Vaccination North-Western Provinces and Oudh 1896-1901 - 1896-1901
Year: 1896
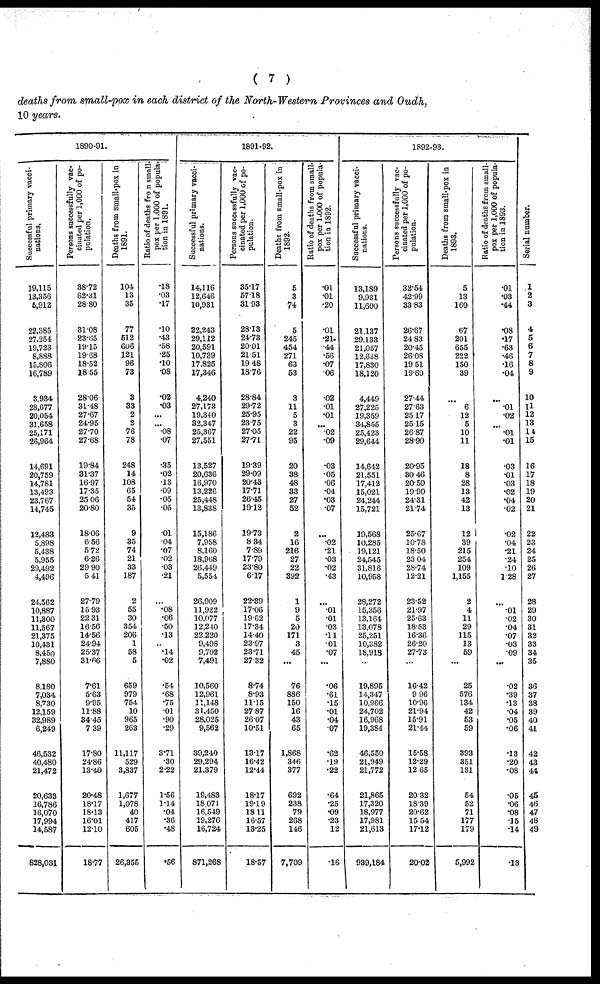
( 7 )
deaths from small-pox in each district of the North-Western Provinces and Oudh,
10 years.
1890-91.
Successful primary vacci-
nations.
19,115
13,356
5,912
22,385
27,254
19,723
8,888
15,806
16,789
3,934
28,677
20,054
31,658
25,171
26,964
14,691
20,759
14,781
13,493
23,767
14,745
12,483
5,898
5,438
5,955
29,492
4,496
24,562
10,887
11,300
11,567
21,375
10,431
8,450
7,880
8,180
7,034
8,730
12,159
32,989
6,249
46,532
40,480
21,472
20,633
16,786
16,070
17,994
14,587
828,031
Persons successfully vac-
cinated per 1,000 of po-
pulation.
38.72
62.31
28.80
31.08
23.65
19.15
19.68
18.52
18.55
28.06
31.48
27.67
24.95
27.70
27.68
19.84
31.37
16.97
17.35
25.06
20.80
18.06
6.56
5.72
6.26
29.90
5.41
27.79
15.93
22.31
16.56
14.56
24.94
25.37
31.66
7.61
5.63
9.95
11.88
34.45
7.39
17.80
24.86
13.40
20.48
18.17
18.13
16.01
12.10
18.77
Deaths from small-pox in
1891.
104
13
35
77
512
606
121
96
73
3
33
2
2
76
78
248
14
108
65
54
35
9
35
74
21
33
187
2
55
30
354
206
1
58
5
659
979
754
10
965
263
11,117
529
3,837
1,677
1,078
40
417
605
26,355
Ratio of deaths from small-
pox per 1,000 of popula-
tion in 1891.
.18
.03
.17
.10
.43
.58
.25
.10
.08
.02
.03
...
...
.08
.07
.35
.02
.13
.09
.05
.05
.01
.04
.07
.02
.03
.21
...
.08
.06
.50
.13
...
.14
.02
.54
.68
.75
.01
.90
.29
3.71
.30
2.22
1.56
1.14
.04
.36
.48
.56
Successful primary vacci-
nations.
14,116
12,646
10,931
22,243
29,112
20,591
10,739
17,825
17,346
4,240
27,173
19,340
32,347
25,367
27,551
13,527
20,636
16,970
13,226
25,448
13,838
15,186
7,958
8,160
18,968
26,449
5,554
26,909
11,922
10,077
12,240
22,220
9,498
9,702
7,491
10,560
12,961
11,148
31,450
28,025
9,562
39,240
29,294
21,379
19,483
18,071
16,549
19,276
16,724
871,268
1891-92.
Persons successfully vac-
cinated per 1,000 of po-
pulation.
35.17
57.18
31.93
28.13
24.73
20.01
21.51
19.48
18.76
28.84
29.72
25.95
23.75
27.05
27.71
19.39
29.09
20.43
17.71
26.45
19.12
19.73
8.34
7.89
17.79
23.80
6.17
22.39
17.06
19.62
17.34
14.40
23.97
23.71
27.32
8.74
8.93
11.15
27.87
26.07
10.51
13.17
16.42
12.44
18.17
19.19
18.11
16.57
13.25
18.57
Deaths from small-pox in
1892.
5
3
74
5
245
454
271
63
53
3
11
5
3
22
95
20
38
48
33
27
52
2
16
216
27
22
392
1
9
5
20
171
3
45
...
76
886
150
16
43
65
1,868
346
377
692
238
79
268
146
7,709
Ratio of deaths from small-
pox per 1,000 of popula-
tion in 1892.
.01
.01
.20
.01
.21
.44
.56
.07
.06
.02
.01
.01
...
.02
.09
.03
.05
.06
.04
.03
.07
...
.02
.21
.03
.02
.43
...
.01
.01
.03
.11
.01
.07
...
.06
.61
.15
.01
.04
.07
.62
.19
.22
.64
.25
.09
.23
.12
.16
1892-93.
Successful primary vacci-
nations.
13,189
9,931
11,600
21,137
29,133
21,057
12,638
17,830
18,120
4,449
27,225
19,359
34,855
25,423
29,644
14,642
21,551
17,412
15,021
24,244
15,721
19,568
10,285
19,121
24,545
31,816
10,958
28,272
15,356
13,164
13,078
25,251
10,382
18,918
...
19,895
14,347
10,966
24,702
16,968
19,384
46,550
21,949
21,772
21,865
17,320
18,977
17,981
21,613
939,184
Persons successfully vac-
cinated per 1,000 of po-
pulation.
32.54
42.99
33.83
26.67
24.83
20.45
26.08
19.51
19.60
27.44
27.63
25.17
25.15
26.87
28.90
20.95
30. 46
20.50
19.90
24.31
21.74
25.67
10.78
18.50
23.04
28.74
12.21
23.52
21.97
25.63
18.53
16.36
26.20
27.73
...
16.42
9.96
10.96
21.94
15.91
21.44
15.58
12.29
12.65
20.32
18.39
20.62
15.54
17.12
20.02
Deaths from small-pox in
1893.
5
13
160
67
201
655
222
150
39
...
6
12
5
10
11
18
8
28
13
42
13
12
39
215
254
109
1,155
2
4
11
29
115
13
59
...
25
576
134
42
53
59
393
351
131
54
52
71
177
179
5,992
Ratio of deaths from small-
pox per 1,000 of popula-
tion in 1893.
.01
.03
.44
.08
.17
.63
.46
.16
.04
...
.01
.02
...
.01
.01
.03
.01
.03
.02
.04
.02
.02
.04
.21
.24
.10
1.28
...
.01
.02
.04
.07
.03
.09
...
.02
.39
.13
.04
.05
.06
.13
.20
.08
.05
.06
.08
.15
.14
.13
Serial number.
1
2
3
4
5
6
7
8
9
10
11
12
13
14
15
16
17
18
19
20
21
22
23
24
25
26
27
28
29
30
31
32
33
34
35
36
37
38
39
40
41
42
43
44
45
46
47
48
49